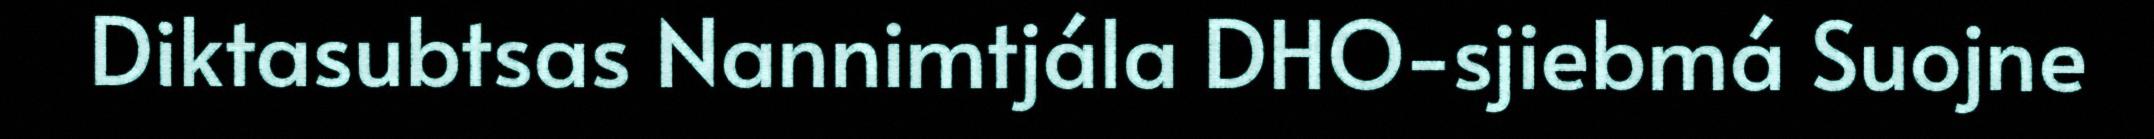
Diktasubtsas Nannimtjála DHO-sjiebmá Suojne